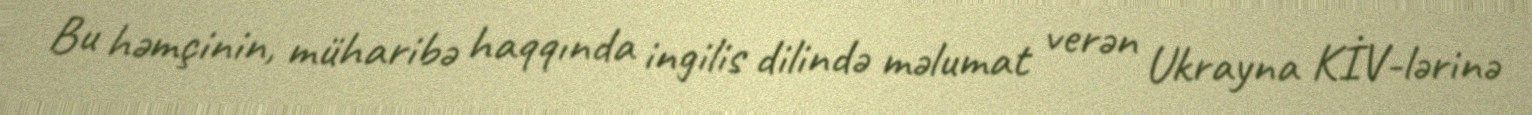
Bu həmçinin, müharibə haqqında ingilis dilində məlumat verən Ukrayna KİV-lərinə